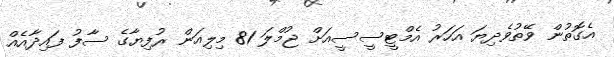
އެގޮތުން ވޭތުވެދިޔަ އަހަރު އެމްޓީސީސީއަށް ޖުމްލަ 81 މިލިއަން ރުފިޔާގެ ސާފު ފައިދާއެއް